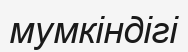
мумкіндігі